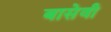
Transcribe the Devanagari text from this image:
बासेवी